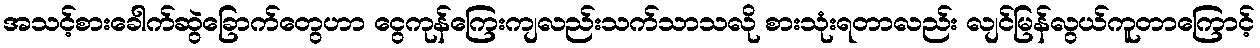
အသင့်စားခေါက်ဆွဲခြောက်တွေဟာ ငွေကုန်ကြေးကျလည်းသက်သာသလို စားသုံးရတာလည်း လျင်မြန်လွယ်ကူတာကြောင့်